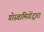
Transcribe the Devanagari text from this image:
गोस्वामियोंद्वारा